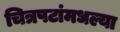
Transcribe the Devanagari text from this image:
चित्रपटांमधल्या